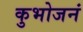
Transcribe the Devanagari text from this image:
कुभोजनं